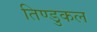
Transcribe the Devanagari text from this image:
तिण्डुकल